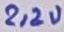
Text: 2,2u